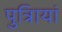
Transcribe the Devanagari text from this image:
पुत्रिायां